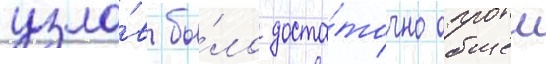
узло́в бы́ло доста́точно общеи